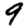
Digit: 9